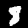
Label: 8